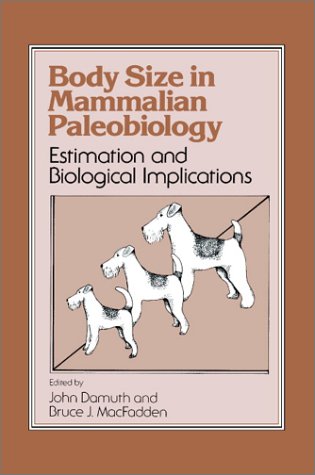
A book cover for Body Size in Mammalian Paleobiology: Estimation and Biological Implications; Sports & Outdoors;